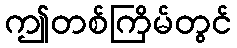
ဤတစ်ကြိမ်တွင်